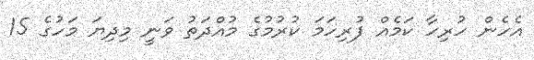
އެހެން ހުރިހާ ކަމެއް ފުރިހަމަ ކުރުމުގެ މުއްދަތު ވަނީ މިދިޔަ މަހުގެ 15